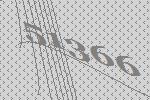
51366